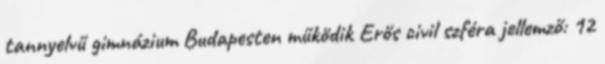
tannyelvű gimnázium Budapesten működik Erős civil szféra jellemző: 12